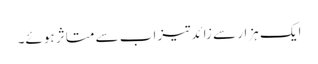
ایک ہزار سے زائدتیزاب سے متاثر ہوئے۔